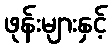
ဖုန်းများနှင့်